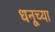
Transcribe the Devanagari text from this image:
धनूच्या